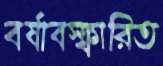
বর্ষাবস্ফারিত